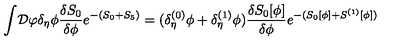
\int \! { \cal D } \varphi \delta _ { \eta } \phi { \frac { \delta S _ { 0 } } { \delta \phi } } e ^ { - ( S _ { 0 } + S _ { 5 } ) } = ( \delta _ { \eta } ^ { ( 0 ) } \phi + \delta _ { \eta } ^ { ( 1 ) } \phi ) { \frac { \delta S _ { 0 } [ \phi ] } { \delta \phi } } e ^ { - ( S _ { 0 } [ \phi ] + S ^ { ( 1 ) } [ \phi ] ) }